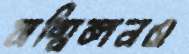
সম্মিলনও